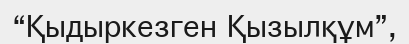
“Қыдыркезген Қызылқұм”,